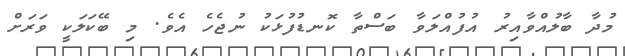
މުދާ ބާލުއްވާއިރު އުފުއްލަވާ ބަސްތާ ކޮނޑުފުޅަކު ނުޖެހެ އެވެ. މި ބޭކަލަކީ ވަރަށް